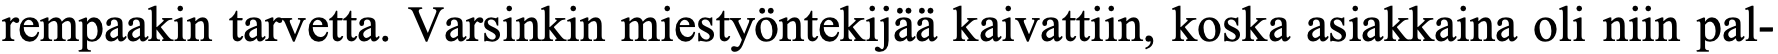
rempaakin tarvetta. Varsinkin miestyöntekijää kaivattiin, koska asiakkaina oli niin pal-